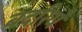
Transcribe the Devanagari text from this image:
बदरियँ